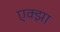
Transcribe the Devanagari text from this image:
एक्झा